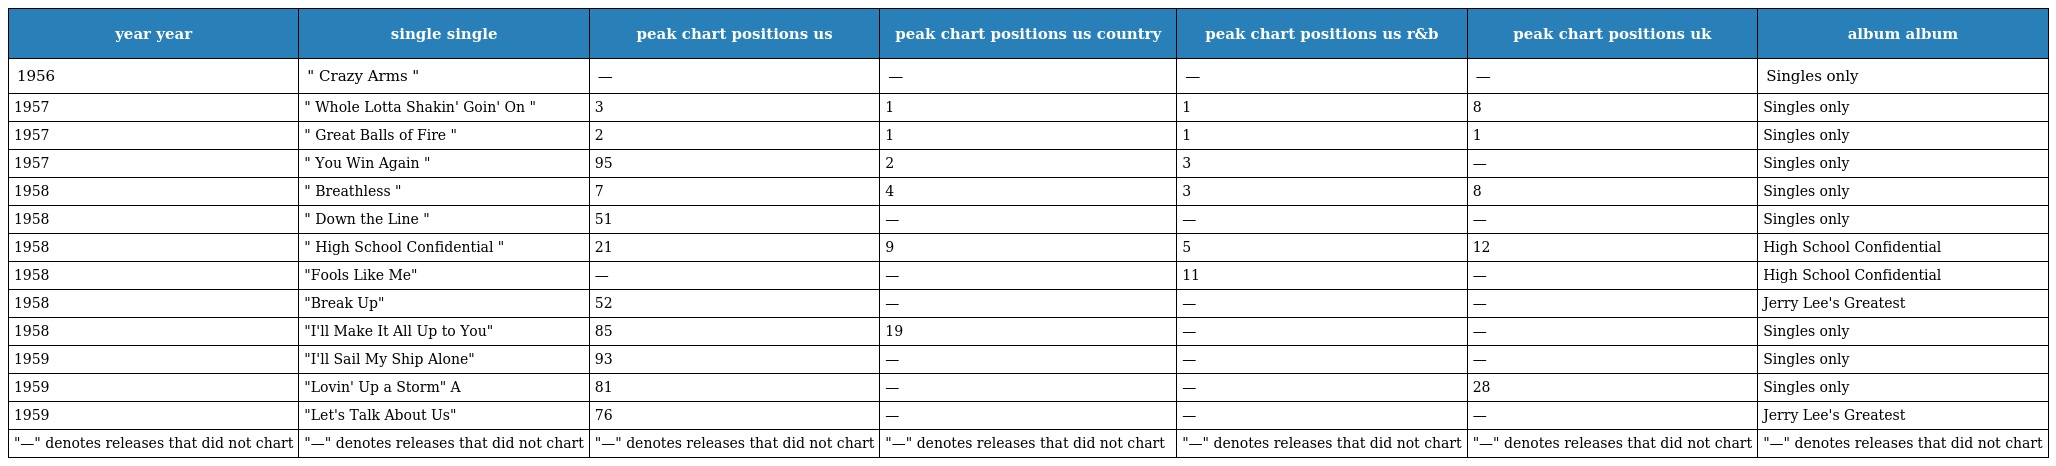
| year year | single single | peak chart positions us | peak chart positions us country | peak chart positions us r&b | peak chart positions uk | album album |
 | --- | --- | --- | --- | --- | --- | --- |
 | 1956 | " Crazy Arms " | — | — | — | — | Singles only |
 | 1957 | " Whole Lotta Shakin' Goin' On " | 3 | 1 | 1 | 8 | Singles only |
 | 1957 | " Great Balls of Fire " | 2 | 1 | 1 | 1 | Singles only |
 | 1957 | " You Win Again " | 95 | 2 | 3 | — | Singles only |
 | 1958 | " Breathless " | 7 | 4 | 3 | 8 | Singles only |
 | 1958 | " Down the Line " | 51 | — | — | — | Singles only |
 | 1958 | " High School Confidential " | 21 | 9 | 5 | 12 | High School Confidential |
 | 1958 | "Fools Like Me" | — | — | 11 | — | High School Confidential |
 | 1958 | "Break Up" | 52 | — | — | — | Jerry Lee's Greatest |
 | 1958 | "I'll Make It All Up to You" | 85 | 19 | — | — | Singles only |
 | 1959 | "I'll Sail My Ship Alone" | 93 | — | — | — | Singles only |
 | 1959 | "Lovin' Up a Storm" A | 81 | — | — | 28 | Singles only |
 | 1959 | "Let's Talk About Us" | 76 | — | — | — | Jerry Lee's Greatest |
 | "—" denotes releases that did not chart | "—" denotes releases that did not chart | "—" denotes releases that did not chart | "—" denotes releases that did not chart | "—" denotes releases that did not chart | "—" denotes releases that did not chart | "—" denotes releases that did not chart |